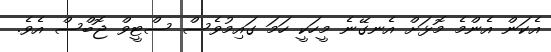
އެކަން އެންމެ މޮޅަށް އެނގޭނެ މީހަކީ ހަމަ ގައިމުވެސް ސްޓީވް ޖޮބްސް އެވެ.